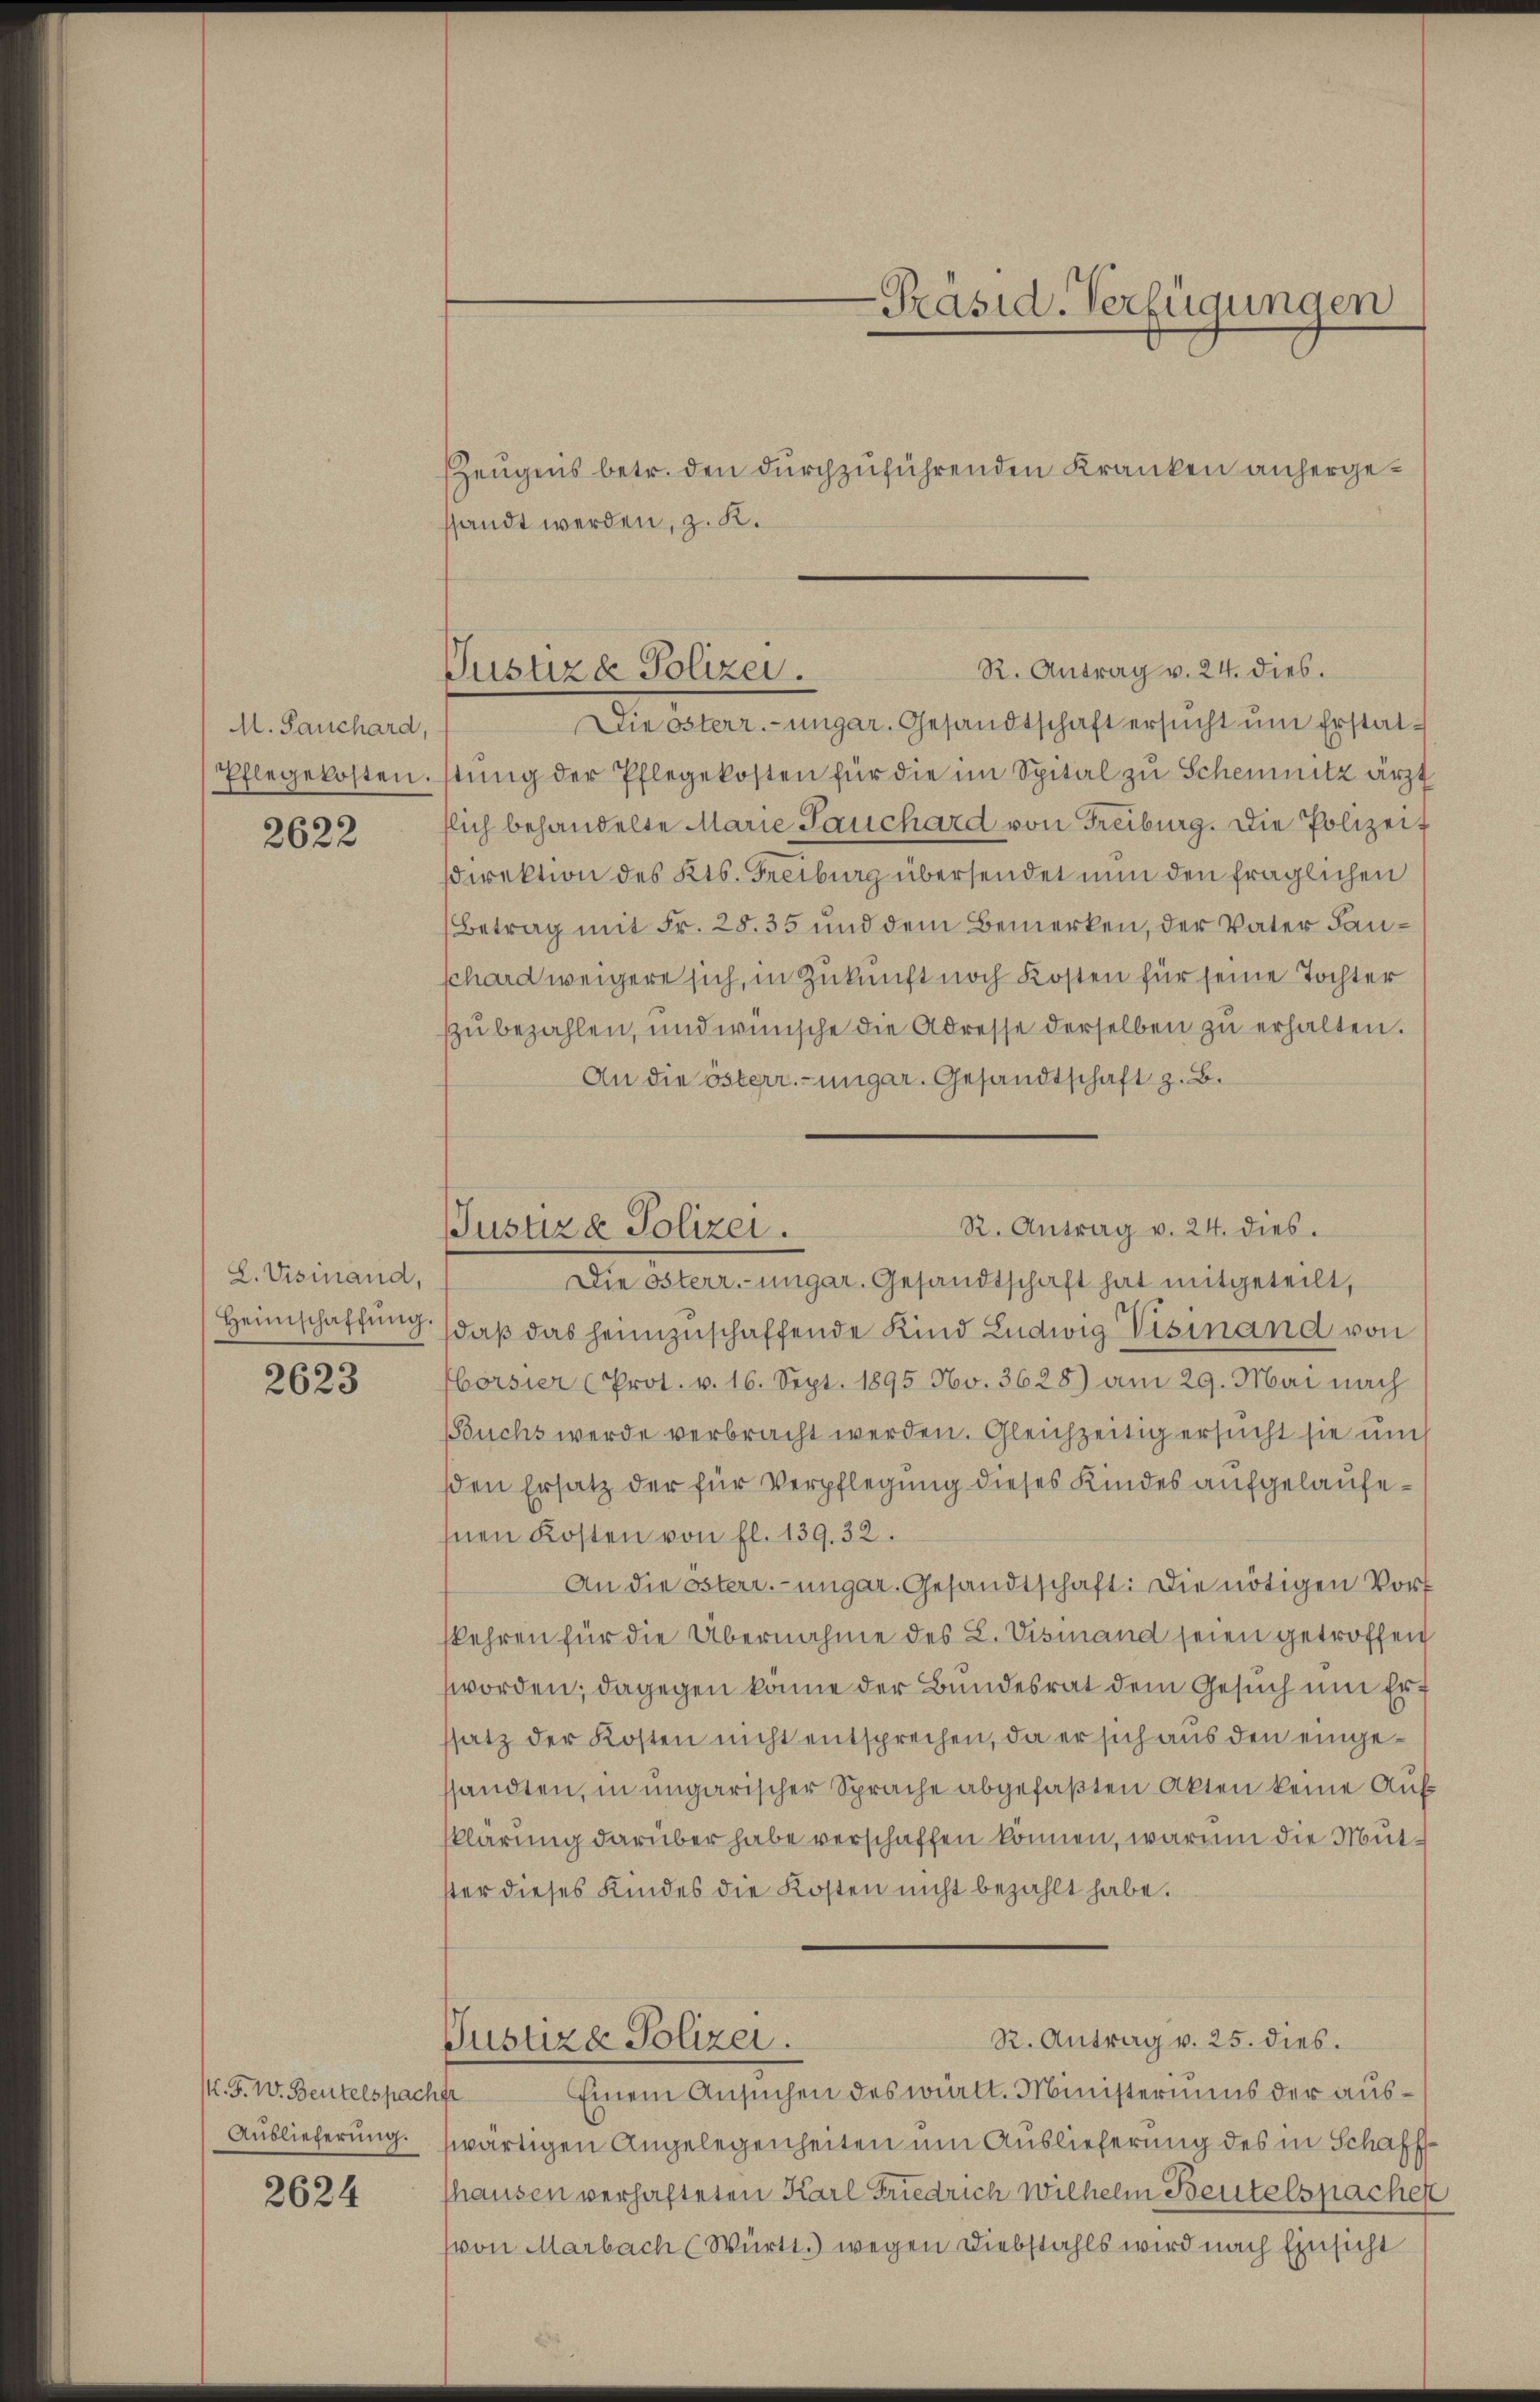
M. Sauchard,
Pflegekosten.

2622

L. Visinand,
Heimschaffŭng.

2623

/. F. W. Beutelspach
Auslieferung.

2624

-Präsid-Verfügungen

R. Antrag v. 24. dies.
Justizde Polizei.

Justiz & Polizei.

ZZeugnis betr. den durchzuführenden Kranken anhergessandt werden, z. K.
Die österr.-ungar. Gesandtschaft ersucht um Erstatstŭng der Pflegekosten für die im Spital zu Schemnitz ärzt
flich behandelte Marie Lauchard von Freiburg. Die Polizeit
Direktion des Kts. Freiburg übersendet nun den fraglichen
Betrag mit Fr. 28. 35 und dem Bemerken, der Vater Lanschard weigere sich, in Zukunft noch Kosten für seine Tochter
zu bezahlen, und wünsche die Adresse derselben zu erhalten.
An die österr.-ungar. Gesandtschaft z. B.
R. Antrag v. 24. dies.
Die österr.-ungar. Gesandtschaft hat mitgeteilt,
daβ das heimzuschaffende Kind Ludwig Visinand von
börsier (Prot. v. 16. Sept. 1895 No. 3628) am 29. Mai nach
Buchs werde verbracht werden. Gleichzeitig ersucht sie um
den Ersatz der für Verpflegung dieses Kindes aufgelaufenen Kosten von fl. 139. 32.
An die Osterr.-ungar. Gesandtschaft: Die nötigen Vorf
kehren für die Übernahme des L. Vismand seien getroffen
worden; dagegen könne der Bundesrat dem Gesuch um Ert
ssatz der Kosten nicht entsprechen, da er sich aus den eingesandten, in ungarischer Sprache abgefaßten Akten keine Aufklärung darüber habe verschaffen können, warum die Mutster dieses Kindes die Kosten nicht bezahlt habe.
R. Antrag v. 25. dies.
Justiza Polizei.
Einem Ansuchen des wielt. Ministeriums der aus¬
1
wärtigen Angelegenheiten um Auslieferung des in Schafffhausen verhafteten Karl Friedrich Wilhelm Beutelspachen
(von Marbach Württ.) wegen Diebstahls wird nach Einsicht